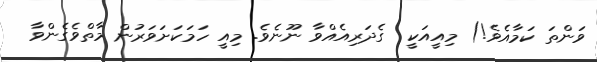
ވަންތަ ކަމާއެވެ!) މިއީއަކީ  ގެދަރިއެއްވާ ނޫނެވެ. މިއީ ހަމަކަށަވަރުން މާތްވެގެންވާ